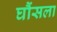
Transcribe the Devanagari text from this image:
घौंसला